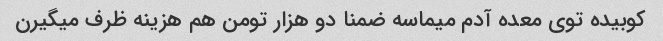
کوبیده توی معده آدم میماسه ضمنا دو هزار تومن هم هزینه ظرف میگیرن